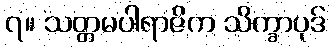
၇။ သတ္တမပါရာဇိက သိက္ခာပုဒ်